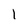
Character: l